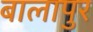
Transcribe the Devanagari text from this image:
बालापुर